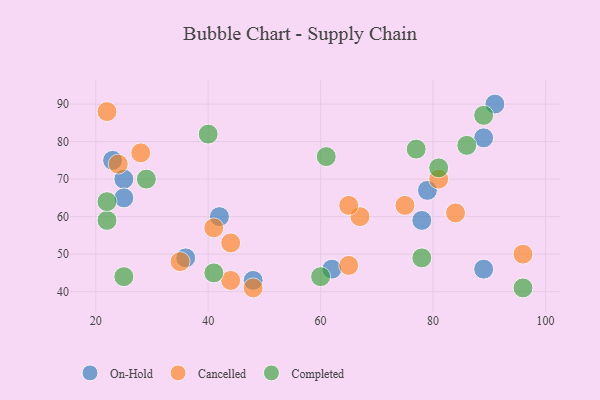
{"axis": {"x": "GDP", "y": "Life Expectancy"}, "legend": ["Cancelled", "Completed", "On-Hold"], "data": [{"x": "25", "y": 70, "type": "On-Hold"}, {"x": "25", "y": 65, "type": "On-Hold"}, {"x": "23", "y": 75, "type": "On-Hold"}, {"x": "79", "y": 67, "type": "On-Hold"}, {"x": "78", "y": 59, "type": "On-Hold"}, {"x": "48", "y": 43, "type": "On-Hold"}, {"x": "91", "y": 90, "type": "On-Hold"}, {"x": "89", "y": 81, "type": "On-Hold"}, {"x": "42", "y": 60, "type": "On-Hold"}, {"x": "62", "y": 46, "type": "On-Hold"}, {"x": "89", "y": 46, "type": "On-Hold"}, {"x": "36", "y": 49, "type": "On-Hold"}, {"x": "41", "y": 57, "type": "Cancelled"}, {"x": "28", "y": 77, "type": "Cancelled"}, {"x": "75", "y": 63, "type": "Cancelled"}, {"x": "48", "y": 41, "type": "Cancelled"}, {"x": "65", "y": 47, "type": "Cancelled"}, {"x": "67", "y": 60, "type": "Cancelled"}, {"x": "81", "y": 70, "type": "Cancelled"}, {"x": "84", "y": 61, "type": "Cancelled"}, {"x": "22", "y": 88, "type": "Cancelled"}, {"x": "44", "y": 43, "type": "Cancelled"}, {"x": "24", "y": 74, "type": "Cancelled"}, {"x": "96", "y": 50, "type": "Cancelled"}, {"x": "35", "y": 48, "type": "Cancelled"}, {"x": "44", "y": 53, "type": "Cancelled"}, {"x": "65", "y": 63, "type": "Cancelled"}, {"x": "96", "y": 41, "type": "Completed"}, {"x": "41", "y": 45, "type": "Completed"}, {"x": "61", "y": 76, "type": "Completed"}, {"x": "89", "y": 87, "type": "Completed"}, {"x": "22", "y": 59, "type": "Completed"}, {"x": "60", "y": 44, "type": "Completed"}, {"x": "81", "y": 73, "type": "Completed"}, {"x": "78", "y": 49, "type": "Completed"}, {"x": "29", "y": 70, "type": "Completed"}, {"x": "77", "y": 78, "type": "Completed"}, {"x": "25", "y": 44, "type": "Completed"}, {"x": "40", "y": 82, "type": "Completed"}, {"x": "86", "y": 79, "type": "Completed"}, {"x": "22", "y": 64, "type": "Completed"}]}